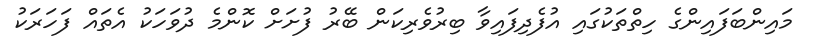
މައިންބަފައިންގެ ހިތްތަކުގައި އުފެދިފައިވާ ބިރުވެރިކަން ބޭރު ފުށަށް ކޮންމެ ދުވަހަކު އެތައް ފަހަރަކު